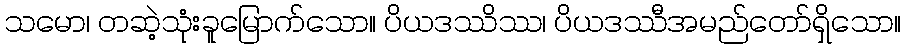
သမော၊ တဆဲ့သုံးခူမြောက်သော။ ပိယဒဿိဿ၊ ပိယဒဿီအမည်တော်ရှိသော။